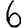
Digit: 6